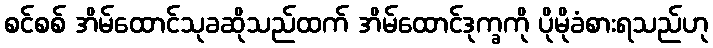
စင်စစ် အိမ်ထောင်သုခဆိုသည်ထက် အိမ်ထောင်ဒုက္ခကို ပိုမိုခံစားရသည်ဟု